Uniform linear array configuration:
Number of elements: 4
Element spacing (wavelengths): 0.25
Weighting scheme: binomial
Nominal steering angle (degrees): -60
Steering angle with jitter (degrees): -58.431
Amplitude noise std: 0.05
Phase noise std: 0.05

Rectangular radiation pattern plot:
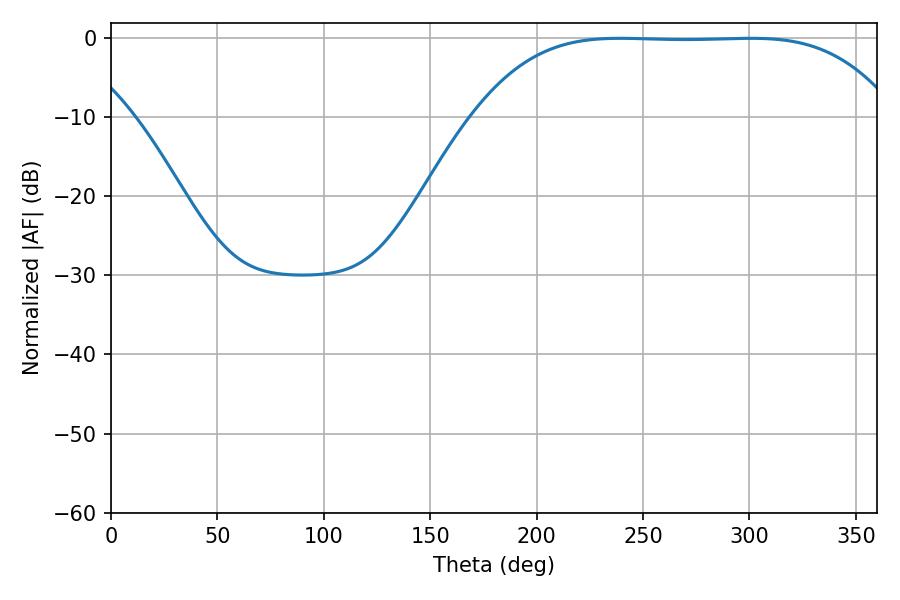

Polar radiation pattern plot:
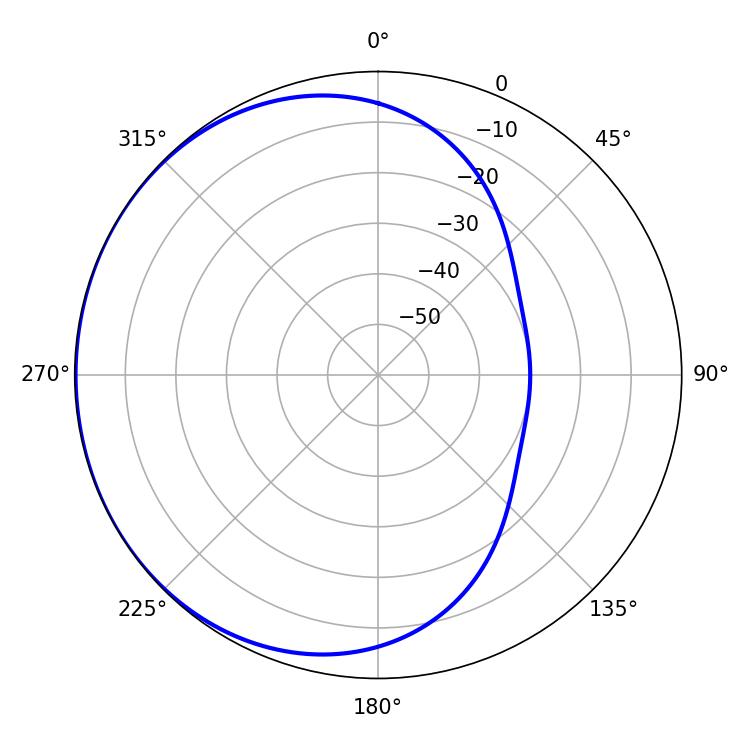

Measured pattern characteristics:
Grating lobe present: FALSE
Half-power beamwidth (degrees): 150.12
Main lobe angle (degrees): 239.22